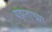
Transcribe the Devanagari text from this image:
यझताच्या